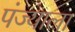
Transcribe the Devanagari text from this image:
पंज्याला